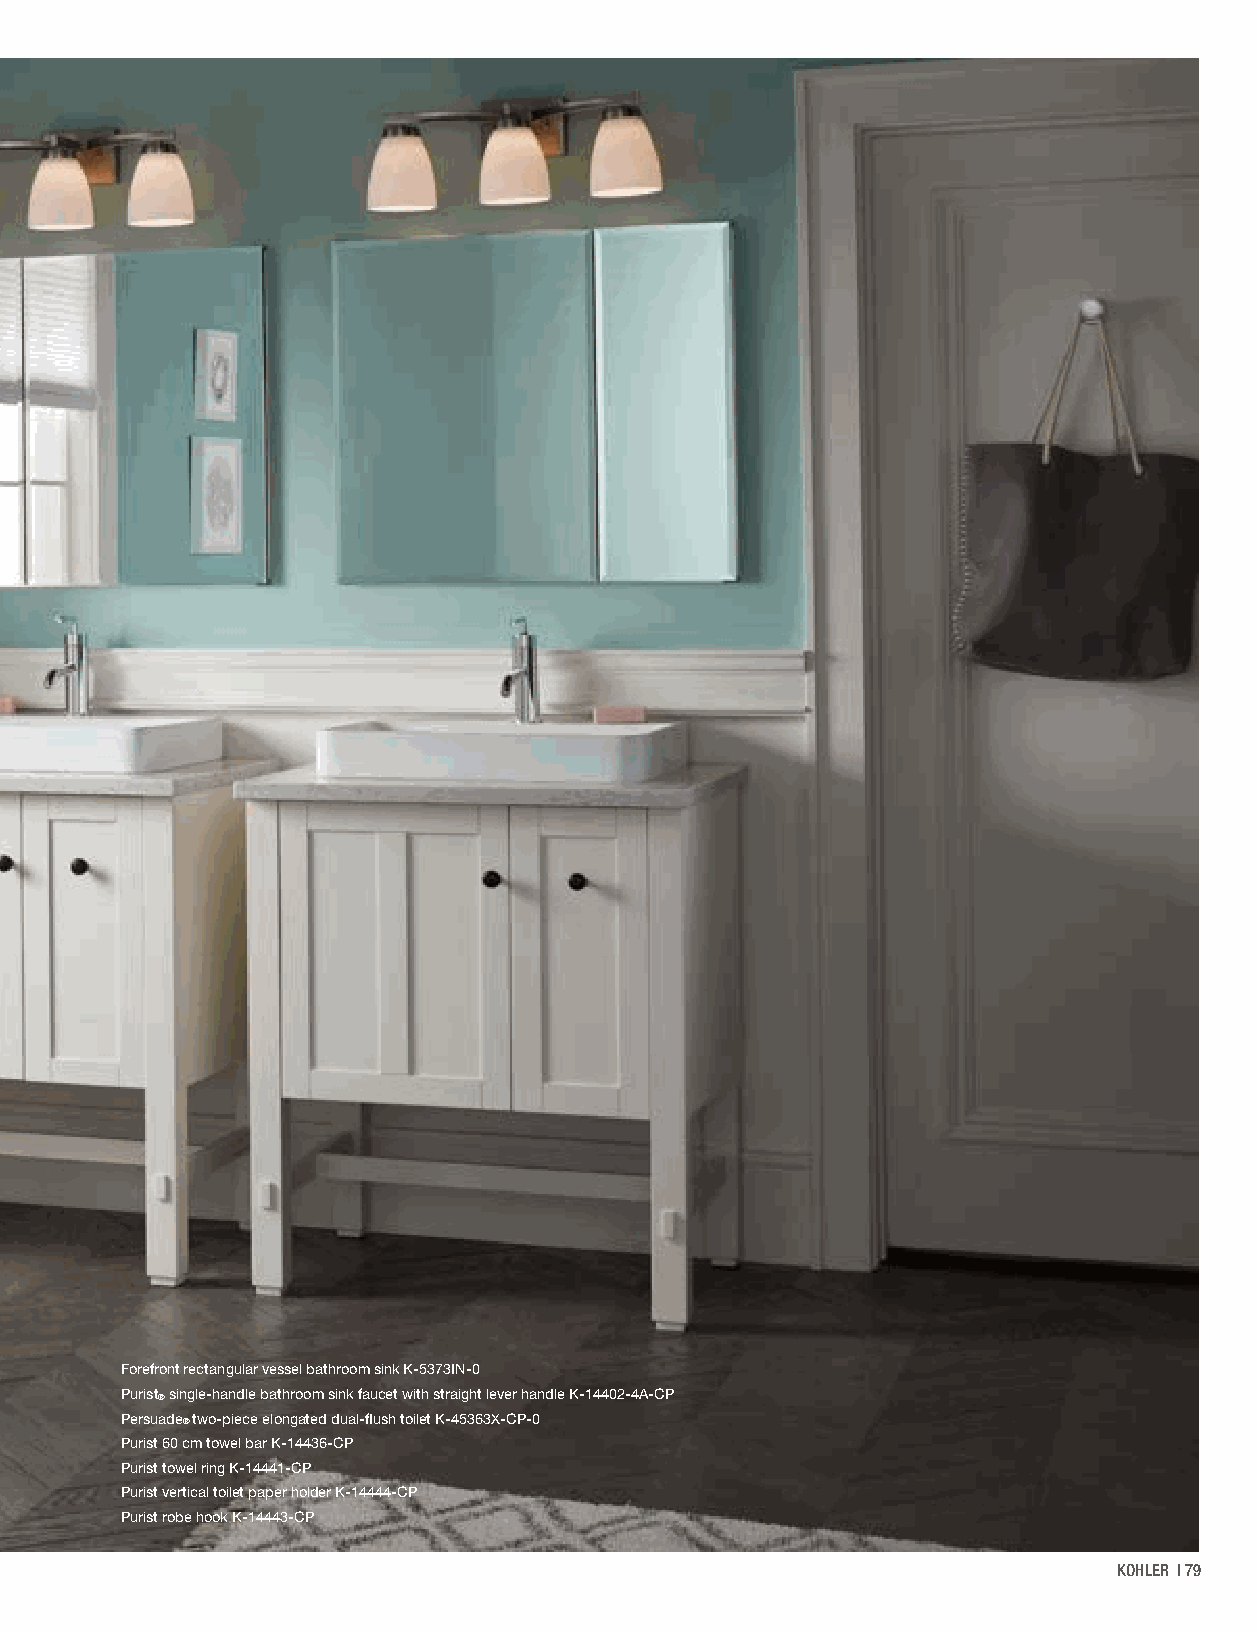
Forefront rectangular vessel bathroom sink K-5373IN-0
 Purist® single-handle bathroom sink faucet with straight lever handle K-14402-4A-CP
 Persuade® two-piece elongated dual-flush toilet K-45363X-CP-0
 Purist 60 cm towel bar K-14436-CP
 Purist towel ring K-14441-CP
 Purist vertical toilet paper holder K-14444-CP
 Purist robe hook K-14443-CP
 KOHLER | 79